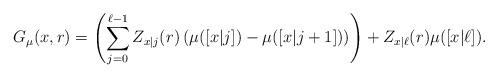
LaTeX: \begin{align*}G_\mu(x,r)= \left(\sum_{j=0}^{\ell-1} Z_{x|j}(r)\left(\mu([x|j])-\mu([x|j+1])\right)\right)+Z_{x|\ell}(r)\mu([x|\ell]).\end{align*}